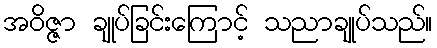
အဝိဇ္ဇာ ချုပ်ခြင်းကြောင့် သညာချုပ်သည်။